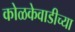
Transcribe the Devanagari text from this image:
कोळकेवाडीच्या